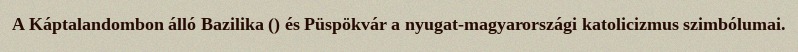
A Káptalandombon álló Bazilika () és Püspökvár a nyugat-magyarországi katolicizmus szimbólumai.